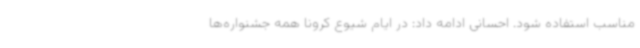
مناسب استفاده شود. احسانی ادامه داد: در ایام شیوع کرونا همه جشنواره‌ها